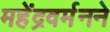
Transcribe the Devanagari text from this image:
महेंद्रवर्मनने